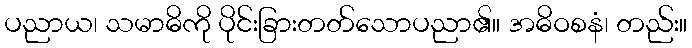
ပညာယ၊ သမာဓိကို ပိုင်းခြားတတ်သောပညာ၏။ အဓိဝစနံ၊ တည်း။